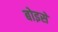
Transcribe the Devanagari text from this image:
बोइसे